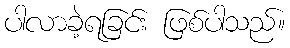
ပါလာခဲ့ရခြင်း ဖြစ်ပါသည်။